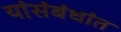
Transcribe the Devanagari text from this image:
यांसंबंधांत